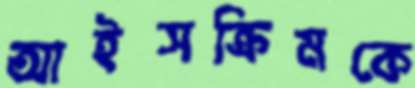
আইসক্রিমকে